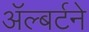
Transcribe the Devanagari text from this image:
ॲल्बर्टने